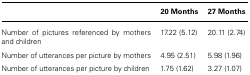
|  | 20 Months | 27 Months |
 | --- | --- | --- |
 | Number of pictures referenced by mothers and children | 17.22 (5.12) | 20.11 (2.74) |
 | Number of utterances per picture by mothers | 4.95 (2.51) | 5.98 (1.96) |
 | Number of utterances per picture by children | 1.75 (1.62) | 3.27 (1.07) |